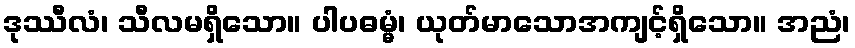
ဒုဿီလံ၊ သီလမရှိသော။ ပါပဓမ္မံ၊ ယုတ်မာသောအကျင့်ရှိသော။ အညံ၊